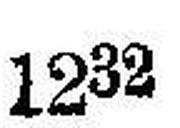
1232